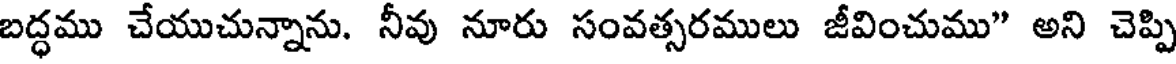
బద్ధము చేయుచున్నాను. నీవు నూరు సంవత్సరములు జీవించుము" అని చెప్పి